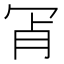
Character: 𦙎